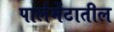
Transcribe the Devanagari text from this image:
पार्लमेंटातील